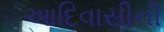
આદિવાસીની